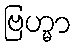
ဗြဟ္မာ